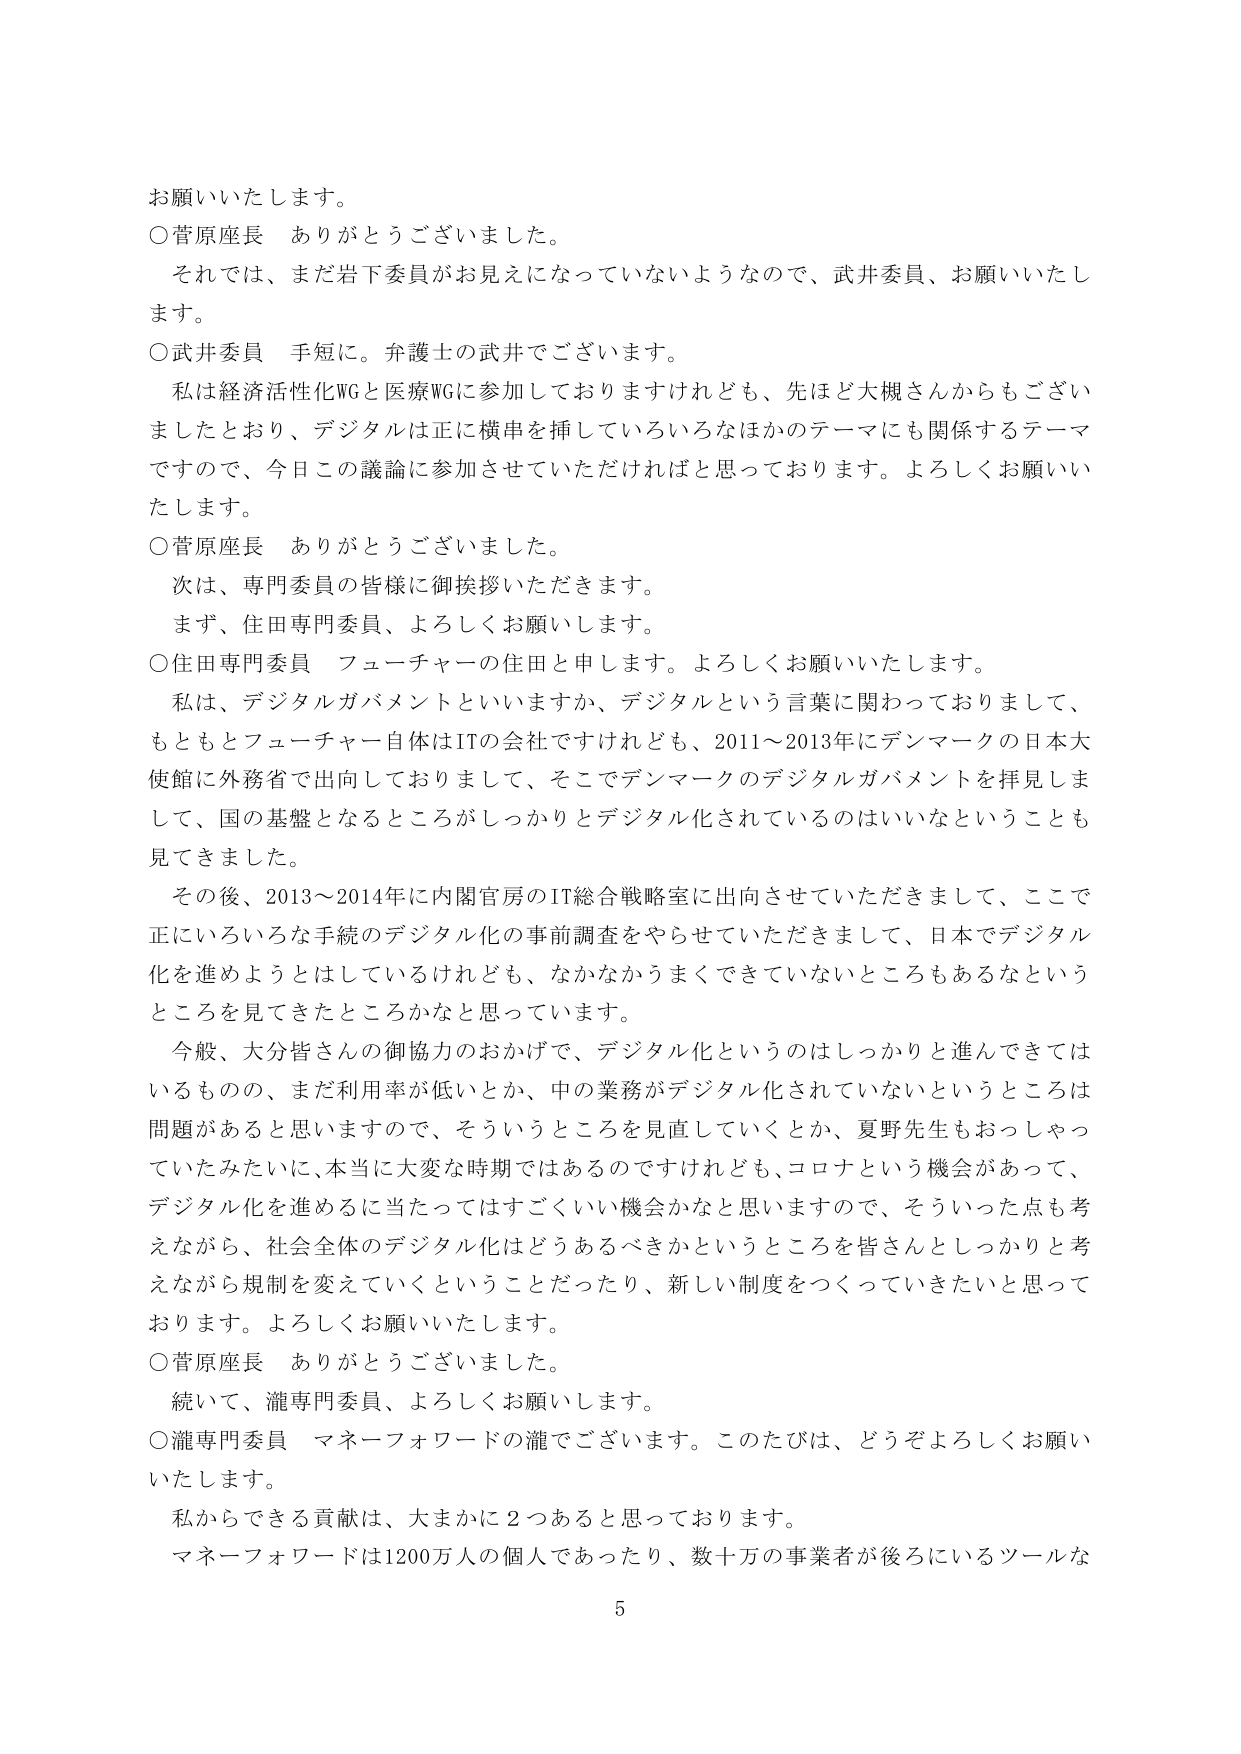
お願いいたします。
○菅原座長　ありがとうございました。
　それでは、まだ岩下委員がお見えになっていないようなので、武井委員、お願いいたします。
○武井委員　手短に。弁護士の武井でございます。
　私は経済活性化WGと医療WGに参加しておりますけれども、先ほど大槻さんからもございましたとおり、デジタルは正に横串を挿していろいろなほかのテーマにも関係するテーマですので、今日この議論に参加させていただければと思っております。よろしくお願いいたします。
○菅原座長　ありがとうございました。
　次は、専門委員の皆様に御挨拶いただきます。
　まず、住田専門委員、よろしくお願いします。
○住田専門委員　フューチャーの住田と申します。よろしくお願いいたします。
　私は、デジタルガバメントといいますか、デジタルという言葉に関わっておりますし、もともとフューチャー自体はITの会社ですけれども、2011～2013年にデンマークの日本大使館に外務省で出向しておりまして、そこでデンマークのデジタルガバメントを拝見しまして、国の基盤となるところがしっかりとデジタル化されているのはいいなということも見てきました。
　その後、2013～2014年に内閣官房のIT総合戦略室に出向させていただきまして、ここで正にいろいろな手続のデジタル化の事前調査をやらせていただきまして、日本でデジタル化を進めようとはしているけれども、なかなかうまくできていないところもあるなというところを見てきたところかなと思っています。
　今般、大分皆さんの御協力のおかげで、デジタル化というのはしっかりと進んできているものの、まだ利用率が低いとか、中の業務がデジタル化されていないというところは問題があると思いますので、そういうところを見直していくとか、夏野先生もおっしゃっていたみたいに、本当に大変な時期ではあるのですけれども、コロナという機会があって、デジタル化を進めるに当たってはすごくいい機会かなと思いますので、そういった点も考えながら、社会全体のデジタル化はどうあるべきかというところを皆さんとしっかりと考えながら規制を変えていくということだったり、新しい制度をつくっていきたいと思っております。よろしくお願いいたします。
○菅原座長　ありがとうございました。
　続いて、瀧専門委員、よろしくお願いします。
○瀧専門委員　マネーフォワードの瀧でございます。このたびは、どうぞよろしくお願いいたします。
　私からできる貢献は、大まかに2つあると思っております。
　マネーフォワードは1200万人の個人であったり、数十万の事業者が後ろにいるツールな
5